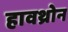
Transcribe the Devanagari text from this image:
हावथ्रोन